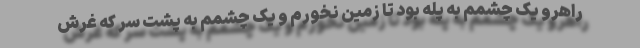
راهرو یک چشمم به پله بود تا زمین نخورم و یک چشمم به پشت سر که غرّش